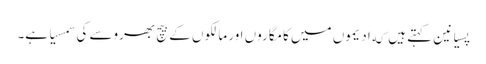
پسیانین کہتے ہیں که ادیموں میں کامگاروں اور مالکوں کے بیچ بھروسے کی سمسیا ہے۔